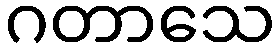
ဂတာသေ